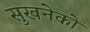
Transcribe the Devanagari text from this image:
सुखनेको